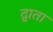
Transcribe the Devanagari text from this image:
द्वाता